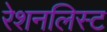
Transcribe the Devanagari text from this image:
रेशनलिस्ट